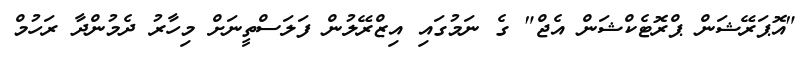
"އޮޕަރޭޝަން ޕްރޮޓެކްޝަން އެޖް" ގެ ނަމުގައި އިޒްރޭލުން ފަލަސްތީނަށް މިހާރު ދެމުންދާ ރަހުމް